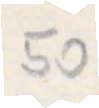
50